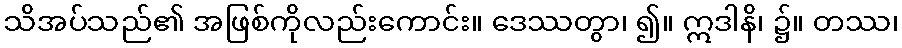
သိအပ်သည်၏ အဖြစ်ကိုလည်းကောင်း။ ဒေဿတွာ၊ ၍။ ဣဒါနိ၊ ၌။ တဿ၊